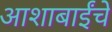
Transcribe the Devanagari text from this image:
आशाबाईंचे